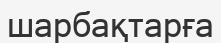
шарбақтарға